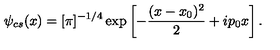
\psi _ { c s } ( x ) = [ \pi ] ^ { - 1 / 4 } \exp \left[ - \frac { ( x - x _ { 0 } ) ^ { 2 } } { 2 } + i p _ { 0 } x \right] .